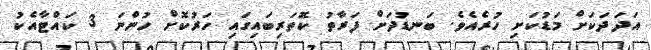
އަދަދަކަށް މަޑުކަށި ހުރެއެވެ. ބަނޑުދަށް ފަރާތު ކޮތަރިބައިގައި ހަރުކޮށް ހުންނަ 3 ކައްޓާއެކު